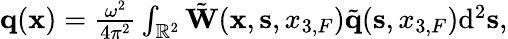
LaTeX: \begin{array}{r}{{\mathbf q}({{\mathbf x}})=\frac{\omega^{2}}{4\pi^{2}}\int_{{\mathbb{R}}^{2}}\tilde{\mathbf W}({{\mathbf x}},{{\mathbf s}},{x_{3,F}})\tilde{\mathbf q}({{\mathbf s}},{x_{3,F}})\mathrm{d}^{2}{{\mathbf s}},}\end{array}